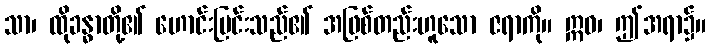
သာ၊ ထိုခန္ဓာတို့၏ ဟောင်းမြင်းသည်၏ အဖြစ်တည်းဟူသော ဇရာကို။ ဣဓ၊ ဤအရာ၌။